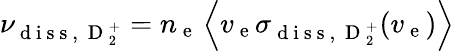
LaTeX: \nu_{\mathrm{~d~i~s~s~,~}\mathrm{~D~}_{2}^{+}}=n_{\mathrm{~e~}}\left\langle v_{\mathrm{~e~}}\sigma_{\mathrm{~d~i~s~s~,~}\mathrm{~D~}_{2}^{+}}(v_{\mathrm{~e~}})\right\rangle